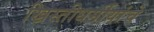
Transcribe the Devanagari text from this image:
ख्रिस्तीधर्मीयांचे